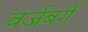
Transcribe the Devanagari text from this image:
वर्जबर्ग